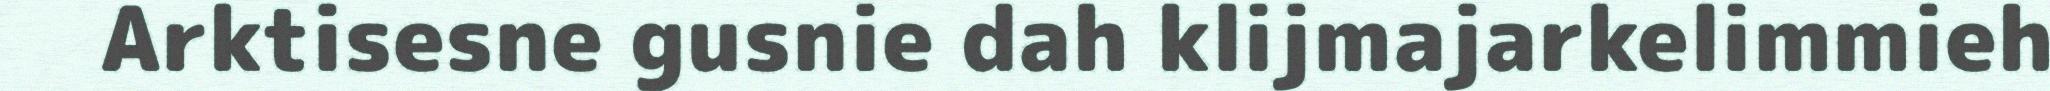
Arktisesne gusnie dah klijmajarkelimmieh